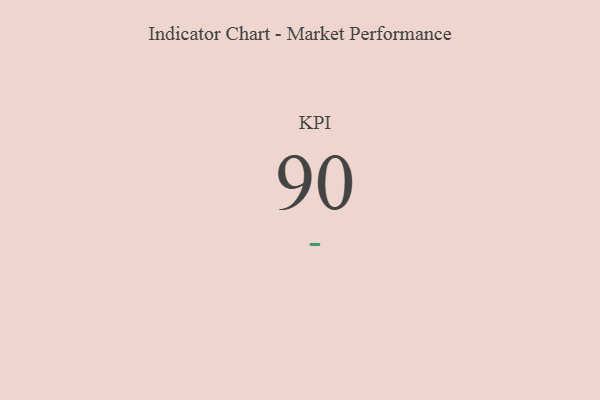
{"axis": {"x": "KPI", "y": "Value"}, "legend": [""], "data": [{"x": "KPI", "y": 90, "type": ""}]}